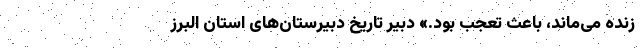
زنده می‌ماند، باعث تعجب بود.» دبیر تاریخ دبیرستان‌های استان البرز